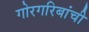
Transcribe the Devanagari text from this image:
गोरगरिबांची